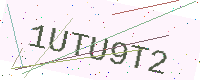
Text: 1UTU9T2